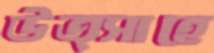
উত্সাহে